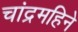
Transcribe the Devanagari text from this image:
चांद्रमहिने